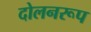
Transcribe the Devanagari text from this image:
दोलनरूप